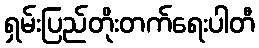
ရှမ်းပြည်တိုးတက်ရေးပါတီ